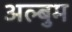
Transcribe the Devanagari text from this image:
अल्बुम